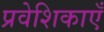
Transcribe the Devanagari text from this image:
प्रवेशिकाएँ